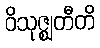
ဝိသုဇ္ဈတီတိ